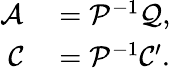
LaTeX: \begin{array}{rl}{\mathcal{A}}&{{}=\mathcal{P}^{-1}\mathcal{Q},}\\ {\mathcal{C}}&{{}=\mathcal{P}^{-1}\mathcal{C}^{\prime}.}\end{array}